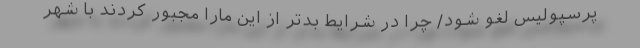
پرسپولیس لغو شود/ چرا در شرایط بدتر از این مارا مجبور کردند با شهر